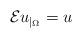
LaTeX: \begin{align*} {\mathcal{E}u}_{|_{\Omega}} = u\end{align*}